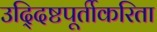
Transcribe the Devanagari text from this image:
उद्‍दिष्टपूर्तीकरिता